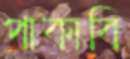
পাকাবি